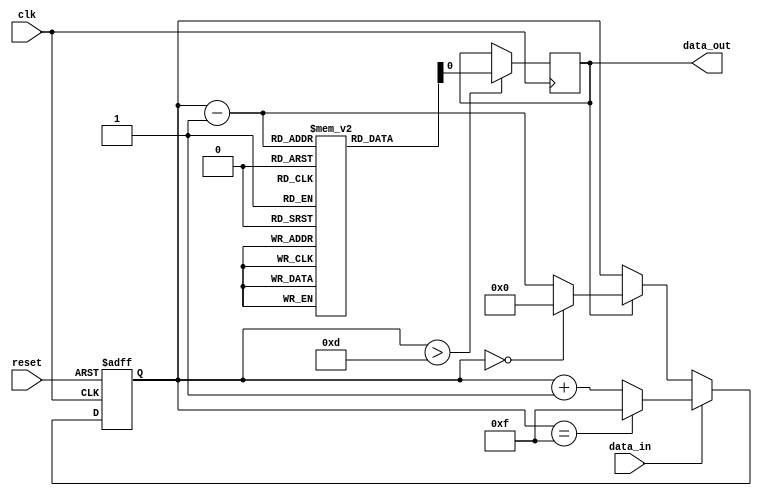
module AlmostFullFIFO (
  input wire clk,
  input wire reset,
  input wire data_in,
  output reg data_out
);

reg [7:0] fifo_buffer [0:15]; // 16 depth FIFO buffer

reg [3:0] fill_level; // Fill level of FIFO buffer

always @ (posedge clk or posedge reset)
begin
  if (reset)
    fill_level <= 0;
  else if (data_in)
    fill_level <= (fill_level == 15) ? 15 : fill_level + 1;
  else if (data_out)
    fill_level <= (fill_level == 0) ? 0 : fill_level - 1;
end

always @ (posedge clk)
begin
  if (fill_level > 13)
    data_out <= fifo_buffer[fill_level - 1];
end

endmodule